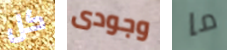
كل وجودى ما